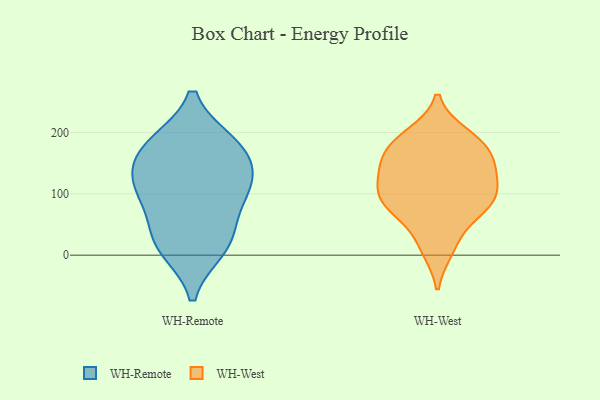
{"axis": {"x": "Humidity (%)", "y": "Value"}, "legend": ["WH-Remote", "WH-West"], "data": [{"x": "", "y": 37, "type": "WH-Remote"}, {"x": "", "y": 136, "type": "WH-Remote"}, {"x": "", "y": 174, "type": "WH-Remote"}, {"x": "", "y": 12, "type": "WH-Remote"}, {"x": "", "y": 181, "type": "WH-Remote"}, {"x": "", "y": 109, "type": "WH-Remote"}, {"x": "", "y": 20, "type": "WH-Remote"}, {"x": "", "y": 100, "type": "WH-Remote"}, {"x": "", "y": 107, "type": "WH-Remote"}, {"x": "", "y": 176, "type": "WH-Remote"}, {"x": "", "y": 19, "type": "WH-West"}, {"x": "", "y": 10, "type": "WH-West"}, {"x": "", "y": 78, "type": "WH-West"}, {"x": "", "y": 146, "type": "WH-West"}, {"x": "", "y": 129, "type": "WH-West"}, {"x": "", "y": 170, "type": "WH-West"}, {"x": "", "y": 80, "type": "WH-West"}, {"x": "", "y": 187, "type": "WH-West"}, {"x": "", "y": 101, "type": "WH-West"}, {"x": "", "y": 153, "type": "WH-West"}, {"x": "", "y": 165, "type": "WH-West"}, {"x": "", "y": 115, "type": "WH-West"}, {"x": "", "y": 81, "type": "WH-West"}, {"x": "", "y": 94, "type": "WH-West"}, {"x": "", "y": 196, "type": "WH-West"}, {"x": "", "y": 189, "type": "WH-West"}, {"x": "", "y": 127, "type": "WH-West"}, {"x": "", "y": 72, "type": "WH-West"}]}